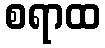
စရာထ